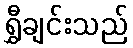
ရွှီချင်းသည်